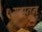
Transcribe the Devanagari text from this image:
ग्रहातून